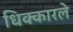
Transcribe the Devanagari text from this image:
धिक्कारले